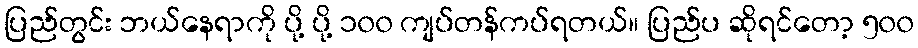
ပြည်တွင်း ဘယ်နေရာကို ပို့ ပို့ ၁၀၀ ကျပ်တန်ကပ်ရတယ်။ ပြည်ပ ဆိုရင်တော့ ၅၀၀